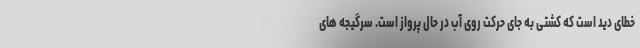
خطای دید است که کشتی به جای حرکت روی آب در حال پرواز است. سرگیجه های